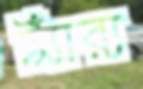
ট্যাঁরা